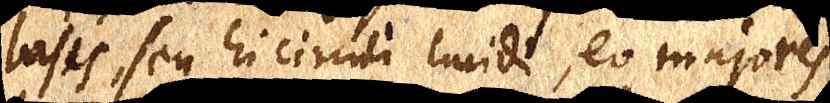
bases, seu hi circuli lucidi, eo majores